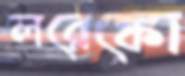
লরেঙ্কো